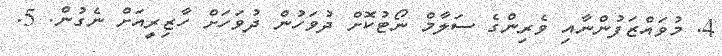
4. މުވައްޒަފުންނާއި ވެރިންގެ ސަލާމް ނޯޓުކޮށް ދުވަހުން ދުވަހަށް ހާޒިރީއަށް ނެގުން. 5.